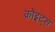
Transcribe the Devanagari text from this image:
कोइट्स